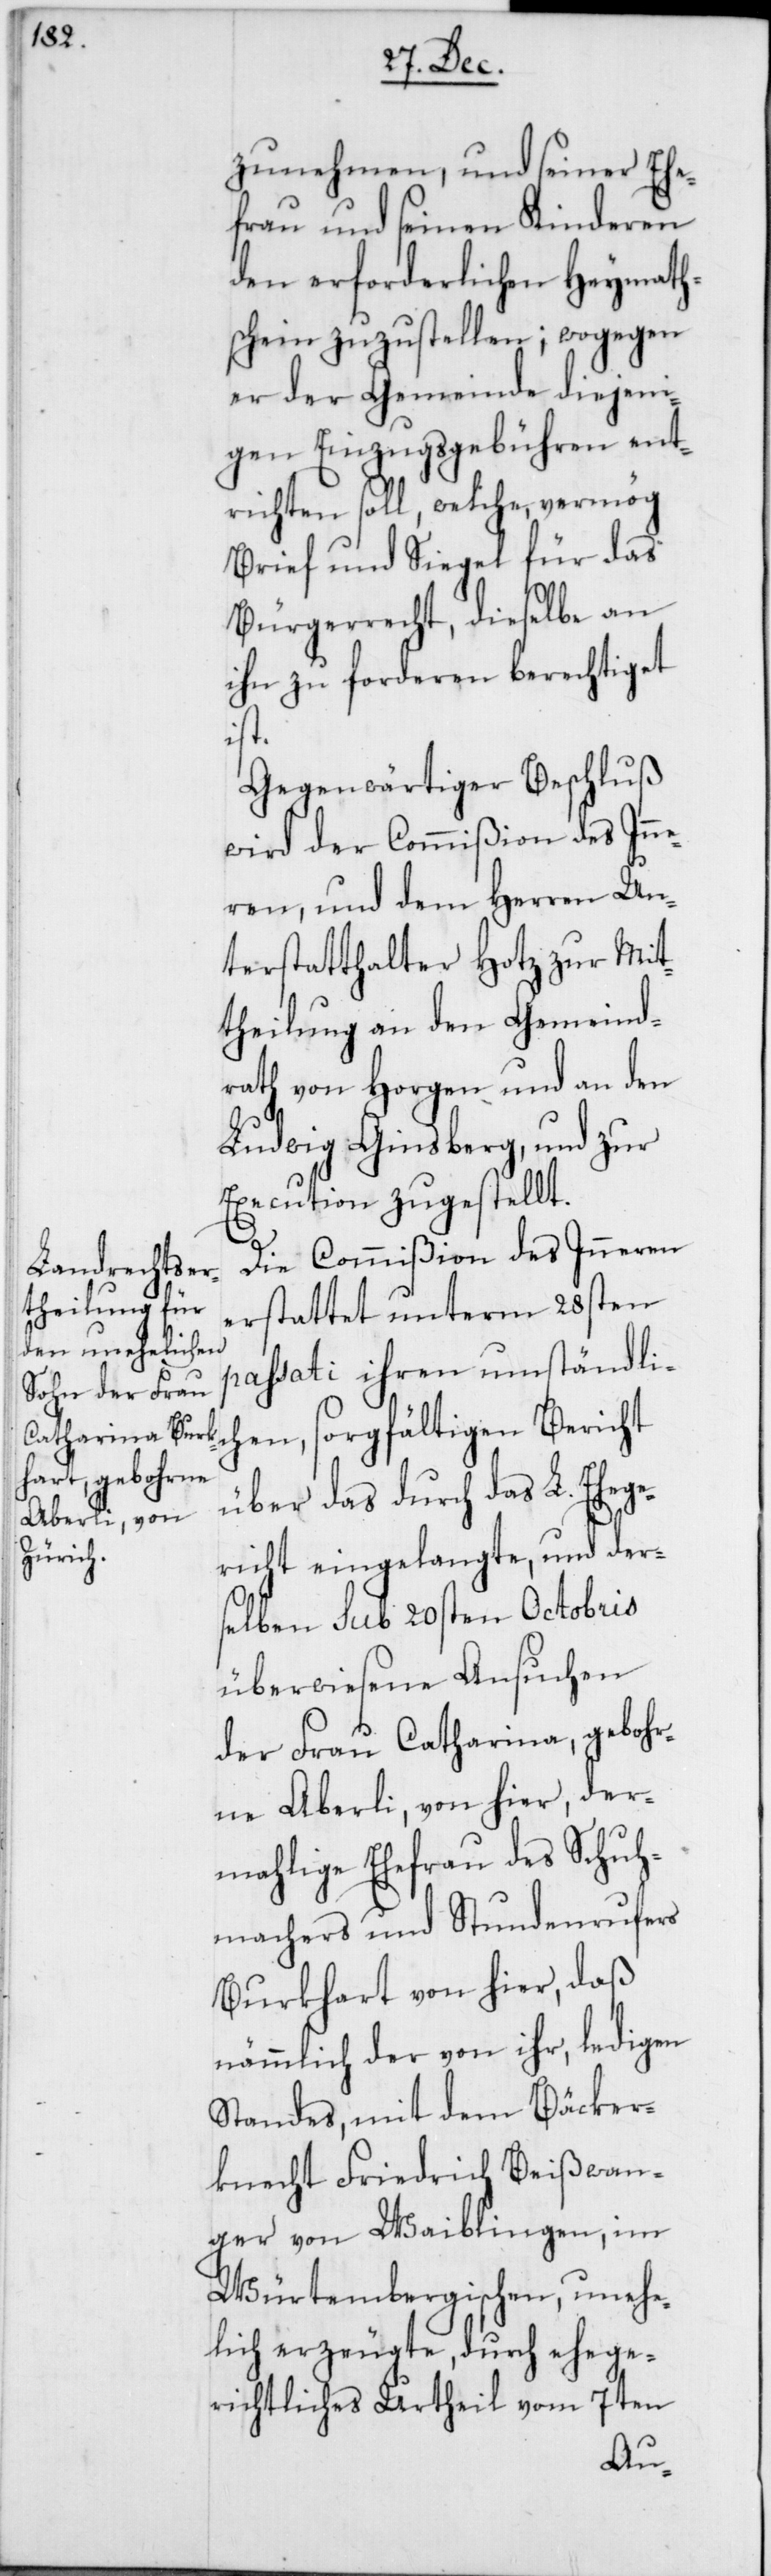
zunehmen, und seiner Ehe¬
frau und seinen Kinderen
den erforderlichen Heymaths¬
chein zuzustellen; wogegen
er der Gemeinde diejeni¬
gen Einzugsgebühren ent¬
richten soll, welche, vermög
Brief und Siegel für das
Bürgerrecht, dieselbe an
ihn zu forderen berechtiget
ist.
Gegenwärtiger Beschluß
wird der Commißion des Inne¬
ren, und dem Herren Un¬
terstatthalter Hotz zur Mit¬
theilung an den Gemeind¬
rath von Horgen und an den
Ludwig Ginsberg, und zur
Execution zugestellt.
Die Commißion des Inneren
erstattet unterm 28sten
passati ihren umständli¬
chen, sorgfältigen Bericht
über das durch das L. Eheg¬
ericht eingelangte, und der¬
selben sub 20sten Octobris
überwiesene Ansuchen
der Frau Catharina, gebohr¬
ne Aberli von hier, der¬
mahlige Ehefrau des Schuh¬
machers und Stundenrufers
Burkhart von hier, daß
nämmlich der von ihr, ledigen
Standes, mit dem Bäcker¬
knecht Friedrich Beißwan¬
ger von Waiblingen, im
Würtembergischen, unehe¬
lich erzeugte, durch ehege¬
richtliches Urtheil vom 7ten